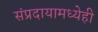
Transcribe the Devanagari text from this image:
संप्रदायामध्येही